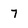
Character: 7